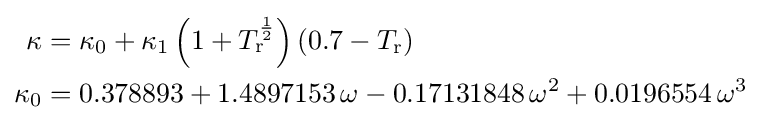
{\begin{aligned}\kappa &=\kappa _{0}+\kappa _{1}\left(1+T_{\text{r}}^{\frac {1}{2}}\right)\left(0.7-T_{\text{r}}\right)\\\kappa _{0}&=0.378893+1.4897153\,\omega -0.17131848\,\omega ^{2}+0.0196554\,\omega ^{3}\end{aligned}}